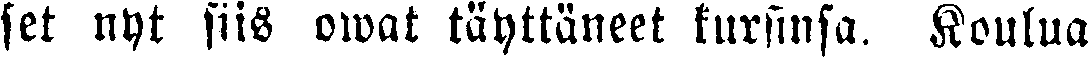
set nyt siis owat täyttäneet kursinsa. Koulua